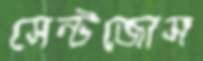
সেন্টজোস